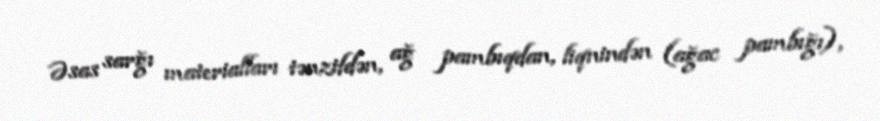
Əsas sarğı materialları tənzifdən, ağ pambıqdan, liqnindən (ağac pambığı),